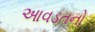
આવડતનો